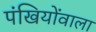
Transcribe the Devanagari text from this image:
पंखियोंवाला